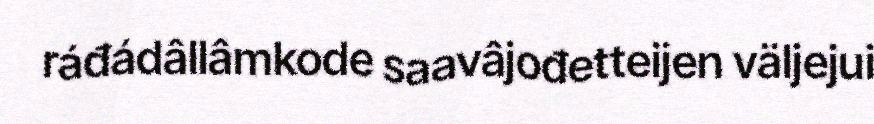
ráđádâllâmkode saavâjođetteijen väljejui